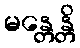
မန္တေန္တိ